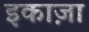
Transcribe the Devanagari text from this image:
इकाज़ा